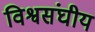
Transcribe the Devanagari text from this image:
विश्वसंघीय